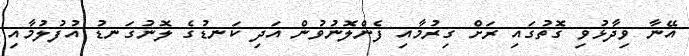
އޭނާ ވިދާޅުވި ގޮތުގައި ރަށް ގިރުމާއި ފެންލޮނުވުން އަދި ކަނޑުގެ ލޮނުގަނޑު އުފުލުމާއި